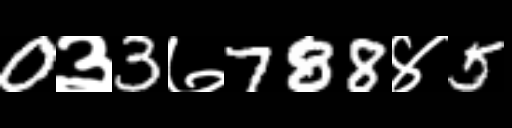
Text: 0३3७788४5